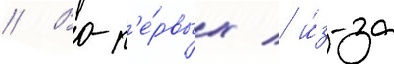
// Во-п'е́рвых / и́з-за